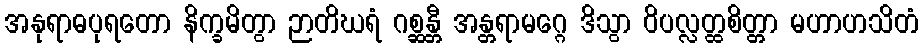
အနုရာဓပုရတော နိက္ခမိတွာ ဉာတိဃရံ ဂစ္ဆန္တီ အန္တရာမဂ္ဂေ ဒိသွာ ဝိပလ္လတ္ထစိတ္တာ မဟာဟသိတံ